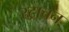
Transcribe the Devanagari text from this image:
स्ट्राचन